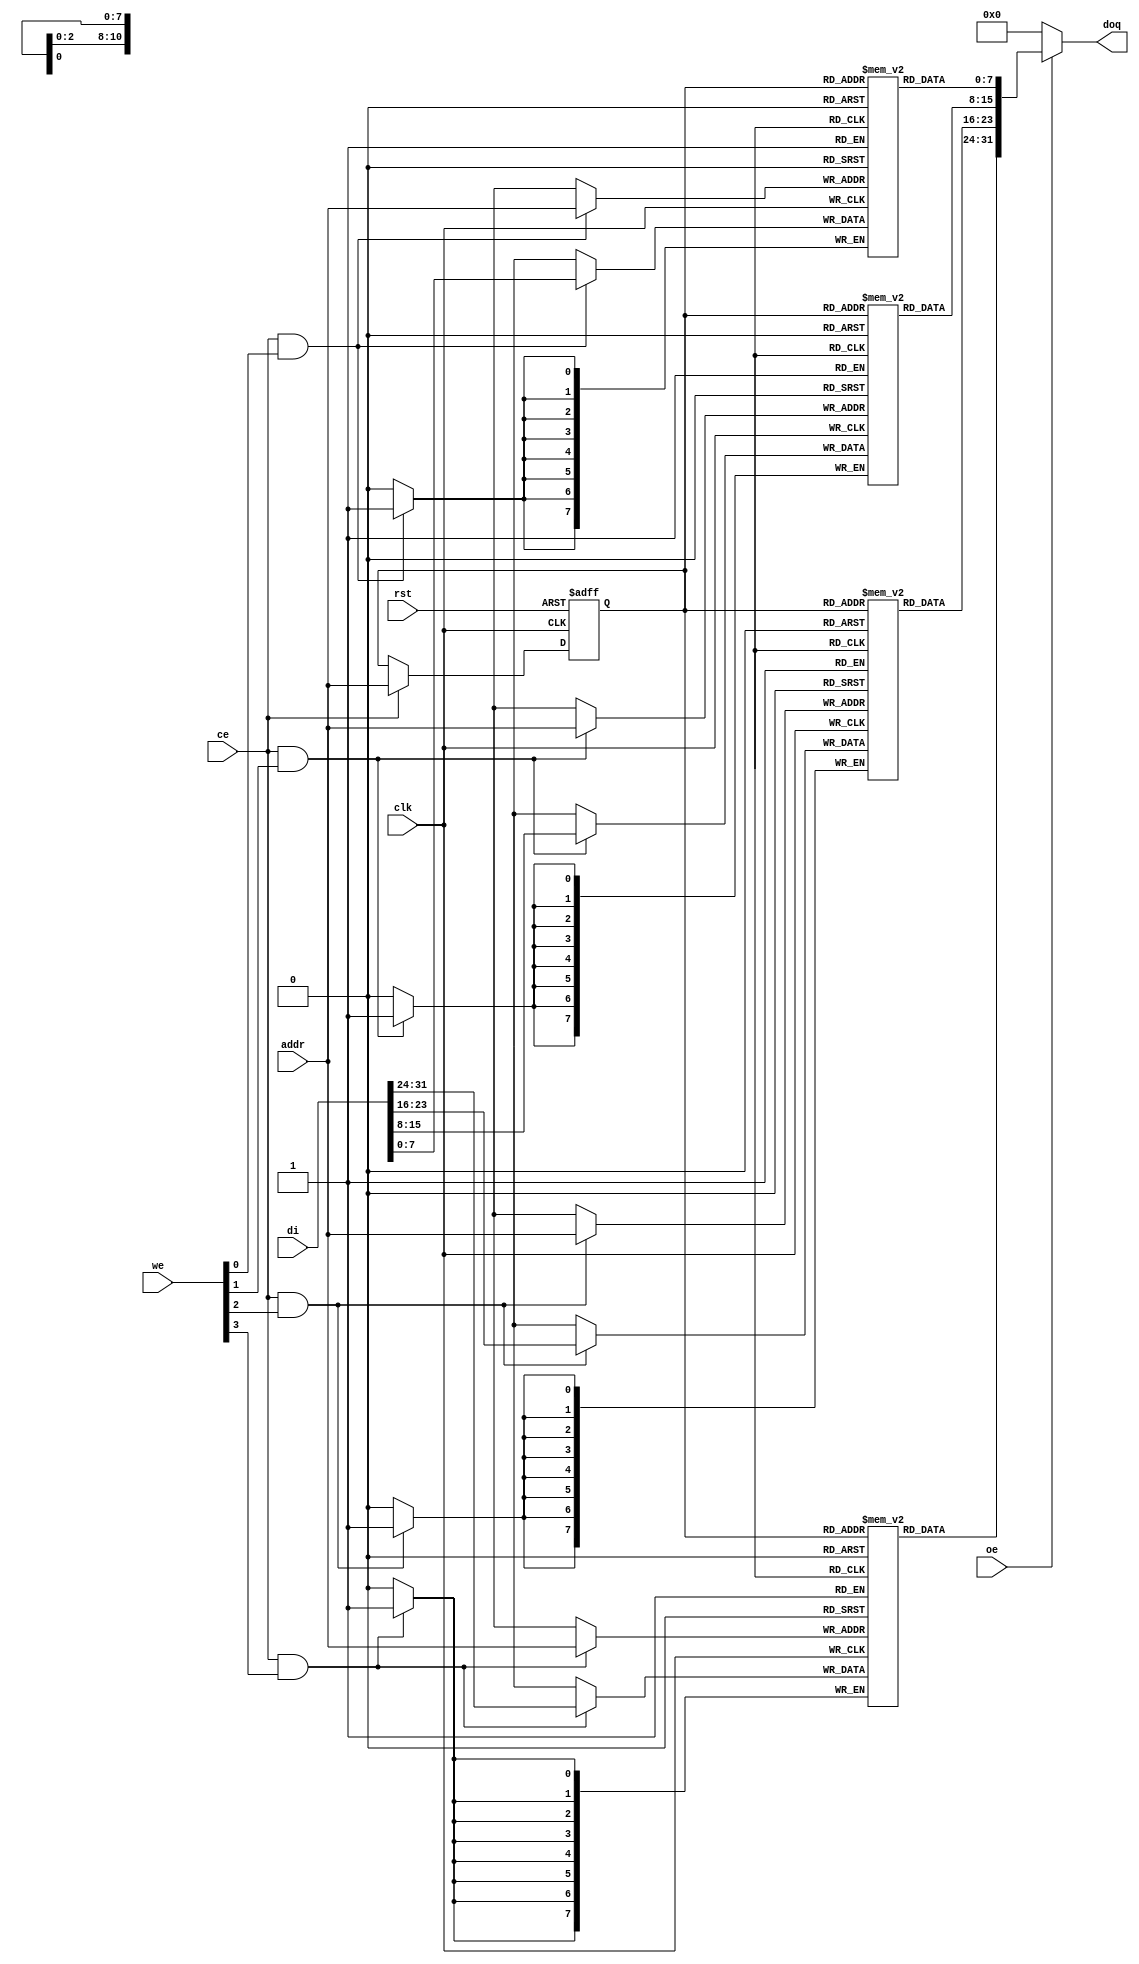
module or1200_spram_2048x32_bw(
`ifdef OR1200_BIST
        // RAM BIST
        mbist_si_i, mbist_so_o, mbist_ctrl_i,
`endif
        // Generic synchronous single-port RAM interface
        clk, rst, ce, we, oe, addr, di, doq
);

`ifdef OR1200_BIST
//
// RAM BIST
//
input                   mbist_si_i;
input [`OR1200_MBIST_CTRL_WIDTH - 1:0] mbist_ctrl_i;       // bist chain shift control
output                  mbist_so_o;
`endif

//
// Generic synchronous single-port RAM interface
//
input                   clk;    // Clock
input                   rst;    // Reset
input                   ce;     // Chip enable input
input   [3:0]           we;     // Write enable input
input                   oe;     // Output enable input
input   [10:0]          addr;   // address bus inputs
input   [31:0]          di;     // input data bus
output  [31:0]          doq;     // output data bus

//
// Internal wires and registers
//

`ifdef OR1200_ARTISAN_SSP
`else
`ifdef OR1200_VIRTUALSILICON_SSP
`else
`ifdef OR1200_BIST
assign mbist_so_o = mbist_si_i;
`endif
`endif
`endif


`ifdef OR1200_ARTISAN_SSP

//
// Instantiation of ASIC memory:
//
// Artisan Synchronous Single-Port RAM (ra1sh)
//
`ifdef UNUSED
art_hssp_2048x32_bw artisan_ssp(
`else
`ifdef OR1200_BIST
art_hssp_2048x32_bw_bist artisan_ssp(
`else
art_hssp_2048x32_bw artisan_ssp(
`endif
`endif
`ifdef OR1200_BIST
        // RAM BIST
        .mbist_si_i(mbist_si_i),
        .mbist_so_o(mbist_so_o),
        .mbist_ctrl_i(mbist_ctrl_i),
`endif
        .CLK(clk),
        .CEN(~ce),
        .WEN(~we),
        .A(addr),
        .D(di),
        .OEN(~oe),
        .Q(doq)
);

`else

`ifdef OR1200_AVANT_ATP

//
// Instantiation of ASIC memory:
//
// Avant! Asynchronous Two-Port RAM
//
avant_atp avant_atp(
        .web(~we),
        .reb(),
        .oeb(~oe),
        .rcsb(),
        .wcsb(),
        .ra(addr),
        .wa(addr),
        .di(di),
        .doq(doq)
);

`else

`ifdef OR1200_VIRAGE_SSP

//
// Instantiation of ASIC memory:
//
// Virage Synchronous 1-port R/W RAM
//
virage_ssp virage_ssp(
        .clk(clk),
        .adr(addr),
        .d(di),
        .we(we),
        .oe(oe),
        .me(ce),
        .q(doq)
);

`else

`ifdef OR1200_VIRTUALSILICON_SSP

//
// Instantiation of ASIC memory:
//
// Virtual Silicon Single-Port Synchronous SRAM
//
`ifdef OR1200_BIST
wire mbist_si_i_ram_0;
wire mbist_si_i_ram_1;
wire mbist_si_i_ram_2;
wire mbist_si_i_ram_3;
wire mbist_so_o_ram_0;
wire mbist_so_o_ram_1;
wire mbist_so_o_ram_2;
wire mbist_so_o_ram_3;
assign mbist_si_i_ram_0 = mbist_si_i;
assign mbist_si_i_ram_1 = mbist_so_o_ram_0;
assign mbist_si_i_ram_2 = mbist_so_o_ram_1;
assign mbist_si_i_ram_3 = mbist_so_o_ram_2;
assign mbist_so_o = mbist_so_o_ram_3;
`endif

`ifdef UNUSED
vs_hdsp_2048x8 vs_ssp_0(
`else
`ifdef OR1200_BIST
vs_hdsp_2048x8_bist vs_ssp_0(
`else
vs_hdsp_2048x8 vs_ssp_0(
`endif
`endif
`ifdef OR1200_BIST
        // RAM BIST
        .mbist_si_i(mbist_si_i_ram_0),
        .mbist_so_o(mbist_so_o_ram_0),
        .mbist_ctrl_i(mbist_ctrl_i),
`endif
        .CK(clk),
        .ADR(addr),
        .DI(di[7:0]),
        .WEN(~we[0]),
        .CEN(~ce),
        .OEN(~oe),
        .DOUT(doq[7:0])
);

`ifdef UNUSED
vs_hdsp_2048x8 vs_ssp_1(
`else
`ifdef OR1200_BIST
vs_hdsp_2048x8_bist vs_ssp_1(
`else
vs_hdsp_2048x8 vs_ssp_1(
`endif
`endif
`ifdef OR1200_BIST
        // RAM BIST
        .mbist_si_i(mbist_si_i_ram_1),
        .mbist_so_o(mbist_so_o_ram_1),
        .mbist_ctrl_i(mbist_ctrl_i),
`endif
        .CK(clk),
        .ADR(addr),
        .DI(di[15:8]),
        .WEN(~we[1]),
        .CEN(~ce),
        .OEN(~oe),
        .DOUT(doq[15:8])
);

`ifdef UNUSED
vs_hdsp_2048x8 vs_ssp_2(
`else
`ifdef OR1200_BIST
vs_hdsp_2048x8_bist vs_ssp_2(
`else
vs_hdsp_2048x8 vs_ssp_2(
`endif
`endif
`ifdef OR1200_BIST
        // RAM BIST
        .mbist_si_i(mbist_si_i_ram_2),
        .mbist_so_o(mbist_so_o_ram_2),
        .mbist_ctrl_i(mbist_ctrl_i),
`endif
        .CK(clk),
        .ADR(addr),
        .DI(di[23:16]),
        .WEN(~we[2]),
        .CEN(~ce),
        .OEN(~oe),
        .DOUT(doq[23:16])
);

`ifdef UNUSED
vs_hdsp_2048x8 vs_ssp_3(
`else
`ifdef OR1200_BIST
vs_hdsp_2048x8_bist vs_ssp_3(
`else
vs_hdsp_2048x8 vs_ssp_3(
`endif
`endif
`ifdef OR1200_BIST
        // RAM BIST
        .mbist_si_i(mbist_si_i_ram_3),
        .mbist_so_o(mbist_so_o_ram_3),
        .mbist_ctrl_i(mbist_ctrl_i),
`endif
        .CK(clk),
        .ADR(addr),
        .DI(di[31:24]),
        .WEN(~we[3]),
        .CEN(~ce),
        .OEN(~oe),
        .DOUT(doq[31:24])
);

`else

`ifdef OR1200_XILINX_RAMB4

//
// Instantiation of FPGA memory:
//
// Virtex/Spartan2
//

//
// Block 0
//
RAMB4_S2 ramb4_s2_0(
	.CLK(clk),
	.RST(rst),
	.ADDR(addr),
	.DI(di[1:0]),
	.EN(ce),
	.WE(we[0]),
	.DO(doq[1:0])
);

//
// Block 1
//
RAMB4_S2 ramb4_s2_1(
	.CLK(clk),
	.RST(rst),
	.ADDR(addr),
	.DI(di[3:2]),
	.EN(ce),
	.WE(we[0]),
	.DO(doq[3:2])
);

//
// Block 2
//
RAMB4_S2 ramb4_s2_2(
	.CLK(clk),
	.RST(rst),
	.ADDR(addr),
	.DI(di[5:4]),
	.EN(ce),
	.WE(we[0]),
	.DO(doq[5:4])
);

//
// Block 3
//
RAMB4_S2 ramb4_s2_3(
	.CLK(clk),
	.RST(rst),
	.ADDR(addr),
	.DI(di[7:6]),
	.EN(ce),
	.WE(we[0]),
	.DO(doq[7:6])
);
//
// Block 4
//
RAMB4_S2 ramb4_s2_4(
	.CLK(clk),
	.RST(rst),
	.ADDR(addr),
	.DI(di[9:8]),
	.EN(ce),
	.WE(we[1]),
	.DO(doq[9:8])
);

//
// Block 5
//
RAMB4_S2 ramb4_s2_5(
	.CLK(clk),
	.RST(rst),
	.ADDR(addr),
	.DI(di[11:10]),
	.EN(ce),
	.WE(we[1]),
	.DO(doq[11:10])
);

//
// Block 6
//
RAMB4_S2 ramb4_s2_6(
	.CLK(clk),
	.RST(rst),
	.ADDR(addr),
	.DI(di[13:12]),
	.EN(ce),
	.WE(we[1]),
	.DO(doq[13:12])
);

//
// Block 7
//
RAMB4_S2 ramb4_s2_7(
	.CLK(clk),
	.RST(rst),
	.ADDR(addr),
	.DI(di[15:14]),
	.EN(ce),
	.WE(we[1]),
	.DO(doq[15:14])
);
//
// Block 8
//
RAMB4_S2 ramb4_s2_8(
	.CLK(clk),
	.RST(rst),
	.ADDR(addr),
	.DI(di[17:16]),
	.EN(ce),
	.WE(we[2]),
	.DO(doq[17:16])
);

//
// Block 9
//
RAMB4_S2 ramb4_s2_9(
	.CLK(clk),
	.RST(rst),
	.ADDR(addr),
	.DI(di[19:18]),
	.EN(ce),
	.WE(we[2]),
	.DO(doq[19:18])
);

//
// Block 10
//
RAMB4_S2 ramb4_s2_10(
	.CLK(clk),
	.RST(rst),
	.ADDR(addr),
	.DI(di[21:20]),
	.EN(ce),
	.WE(we[2]),
	.DO(doq[21:20])
);

//
// Block 11
//
RAMB4_S2 ramb4_s2_11(
	.CLK(clk),
	.RST(rst),
	.ADDR(addr),
	.DI(di[23:22]),
	.EN(ce),
	.WE(we[2]),
	.DO(doq[23:22])
);
//
// Block 12
//
RAMB4_S2 ramb4_s2_12(
	.CLK(clk),
	.RST(rst),
	.ADDR(addr),
	.DI(di[25:24]),
	.EN(ce),
	.WE(we[3]),
	.DO(doq[25:24])
);

//
// Block 13
//
RAMB4_S2 ramb4_s2_13(
	.CLK(clk),
	.RST(rst),
	.ADDR(addr),
	.DI(di[27:26]),
	.EN(ce),
	.WE(we[3]),
	.DO(doq[27:26])
);

//
// Block 14
//
RAMB4_S2 ramb4_s2_14(
	.CLK(clk),
	.RST(rst),
	.ADDR(addr),
	.DI(di[29:28]),
	.EN(ce),
	.WE(we[3]),
	.DO(doq[29:28])
);

//
// Block 15
//
RAMB4_S2 ramb4_s2_15(
	.CLK(clk),
	.RST(rst),
	.ADDR(addr),
	.DI(di[31:30]),
	.EN(ce),
	.WE(we[3]),
	.DO(doq[31:30])
);

`else

`ifdef OR1200_XILINX_RAMB16

//
// Instantiation of FPGA memory:
//
// Virtex4/Spartan3E
//
// Added By Nir Mor
//

//
// Block 0
//
RAMB16_S9 ramb16_s9_0(
	.CLK(clk),
	.SSR(rst),
	.ADDR(addr),
	.DI(di[7:0]),
	.DIP(1'b0),
	.EN(ce),
	.WE(we[0]),
	.DO(doq[7:0]),
	.DOP()
);

//
// Block 1
//
RAMB16_S9 ramb16_s9_1(
	.CLK(clk),
	.SSR(rst),
	.ADDR(addr),
	.DI(di[15:8]),
	.DIP(1'b0),
	.EN(ce),
	.WE(we[1]),
	.DO(doq[15:8]),
	.DOP()
);

//
// Block 2
//
RAMB16_S9 ramb16_s9_2(
	.CLK(clk),
	.SSR(rst),
	.ADDR(addr),
	.DI(di[23:16]),
	.DIP(1'b0),
	.EN(ce),
	.WE(we[2]),
	.DO(doq[23:16]),
	.DOP()
);

//
// Block 3
//
RAMB16_S9 ramb16_s9_3(
	.CLK(clk),
	.SSR(rst),
	.ADDR(addr),
	.DI(di[31:24]),
	.DIP(1'b0),
	.EN(ce),
	.WE(we[3]),
	.DO(doq[31:24]),
	.DOP()
);

`else

//
// Generic single-port synchronous RAM model
//

//
// Generic RAM's registers and wires
//
reg     [7:0]        mem_0 [2047:0];              // RAM content
reg     [7:0]        mem_1 [2047:0];              // RAM content
reg     [7:0]        mem_2 [2047:0];              // RAM content
reg     [7:0]        mem_3 [2047:0];              // RAM content
reg     [10:0]       addr_reg;                    // RAM address register
                                                                                                                                                                                                     
//
// Data output drivers
//
assign doq = (oe) ? {mem_3[addr_reg], mem_2[addr_reg], mem_1[addr_reg], mem_0[addr_reg]} : {32{1'b0}};
                                                                                                                                                                                                     
//
// RAM address register
//
always @(posedge clk or posedge rst)
        if (rst)
                addr_reg <= #1 11'h000;
        else if (ce)
                addr_reg <= #1 addr;
                                                                                                                                                                                                     
//
// RAM write byte 0
//
always @(posedge clk)
        if (ce && we[0])
                mem_0[addr] <= #1 di[7:0];
                                                                                                                                                                                                     
//
// RAM write byte 1
//
always @(posedge clk)
        if (ce && we[1])
                mem_1[addr] <= #1 di[15:8];
                                                                                                                                                                                                     
//
// RAM write byte 2
//
always @(posedge clk)
        if (ce && we[2])
                mem_2[addr] <= #1 di[23:16];
                                                                                                                                                                                                     
//
// RAM write byte 3
//
always @(posedge clk)
        if (ce && we[3])
                mem_3[addr] <= #1 di[31:24];

`endif  // !OR1200_XILINX_RAMB16
`endif  // !OR1200_XILINX_RAMB4
`endif  // !OR1200_VIRTUALSILICON_SSP
`endif  // !OR1200_VIRAGE_SSP
`endif  // !OR1200_AVANT_ATP
`endif  // !OR1200_ARTISAN_SSP

endmodule